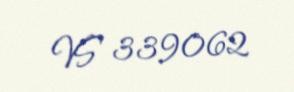
VS 339062